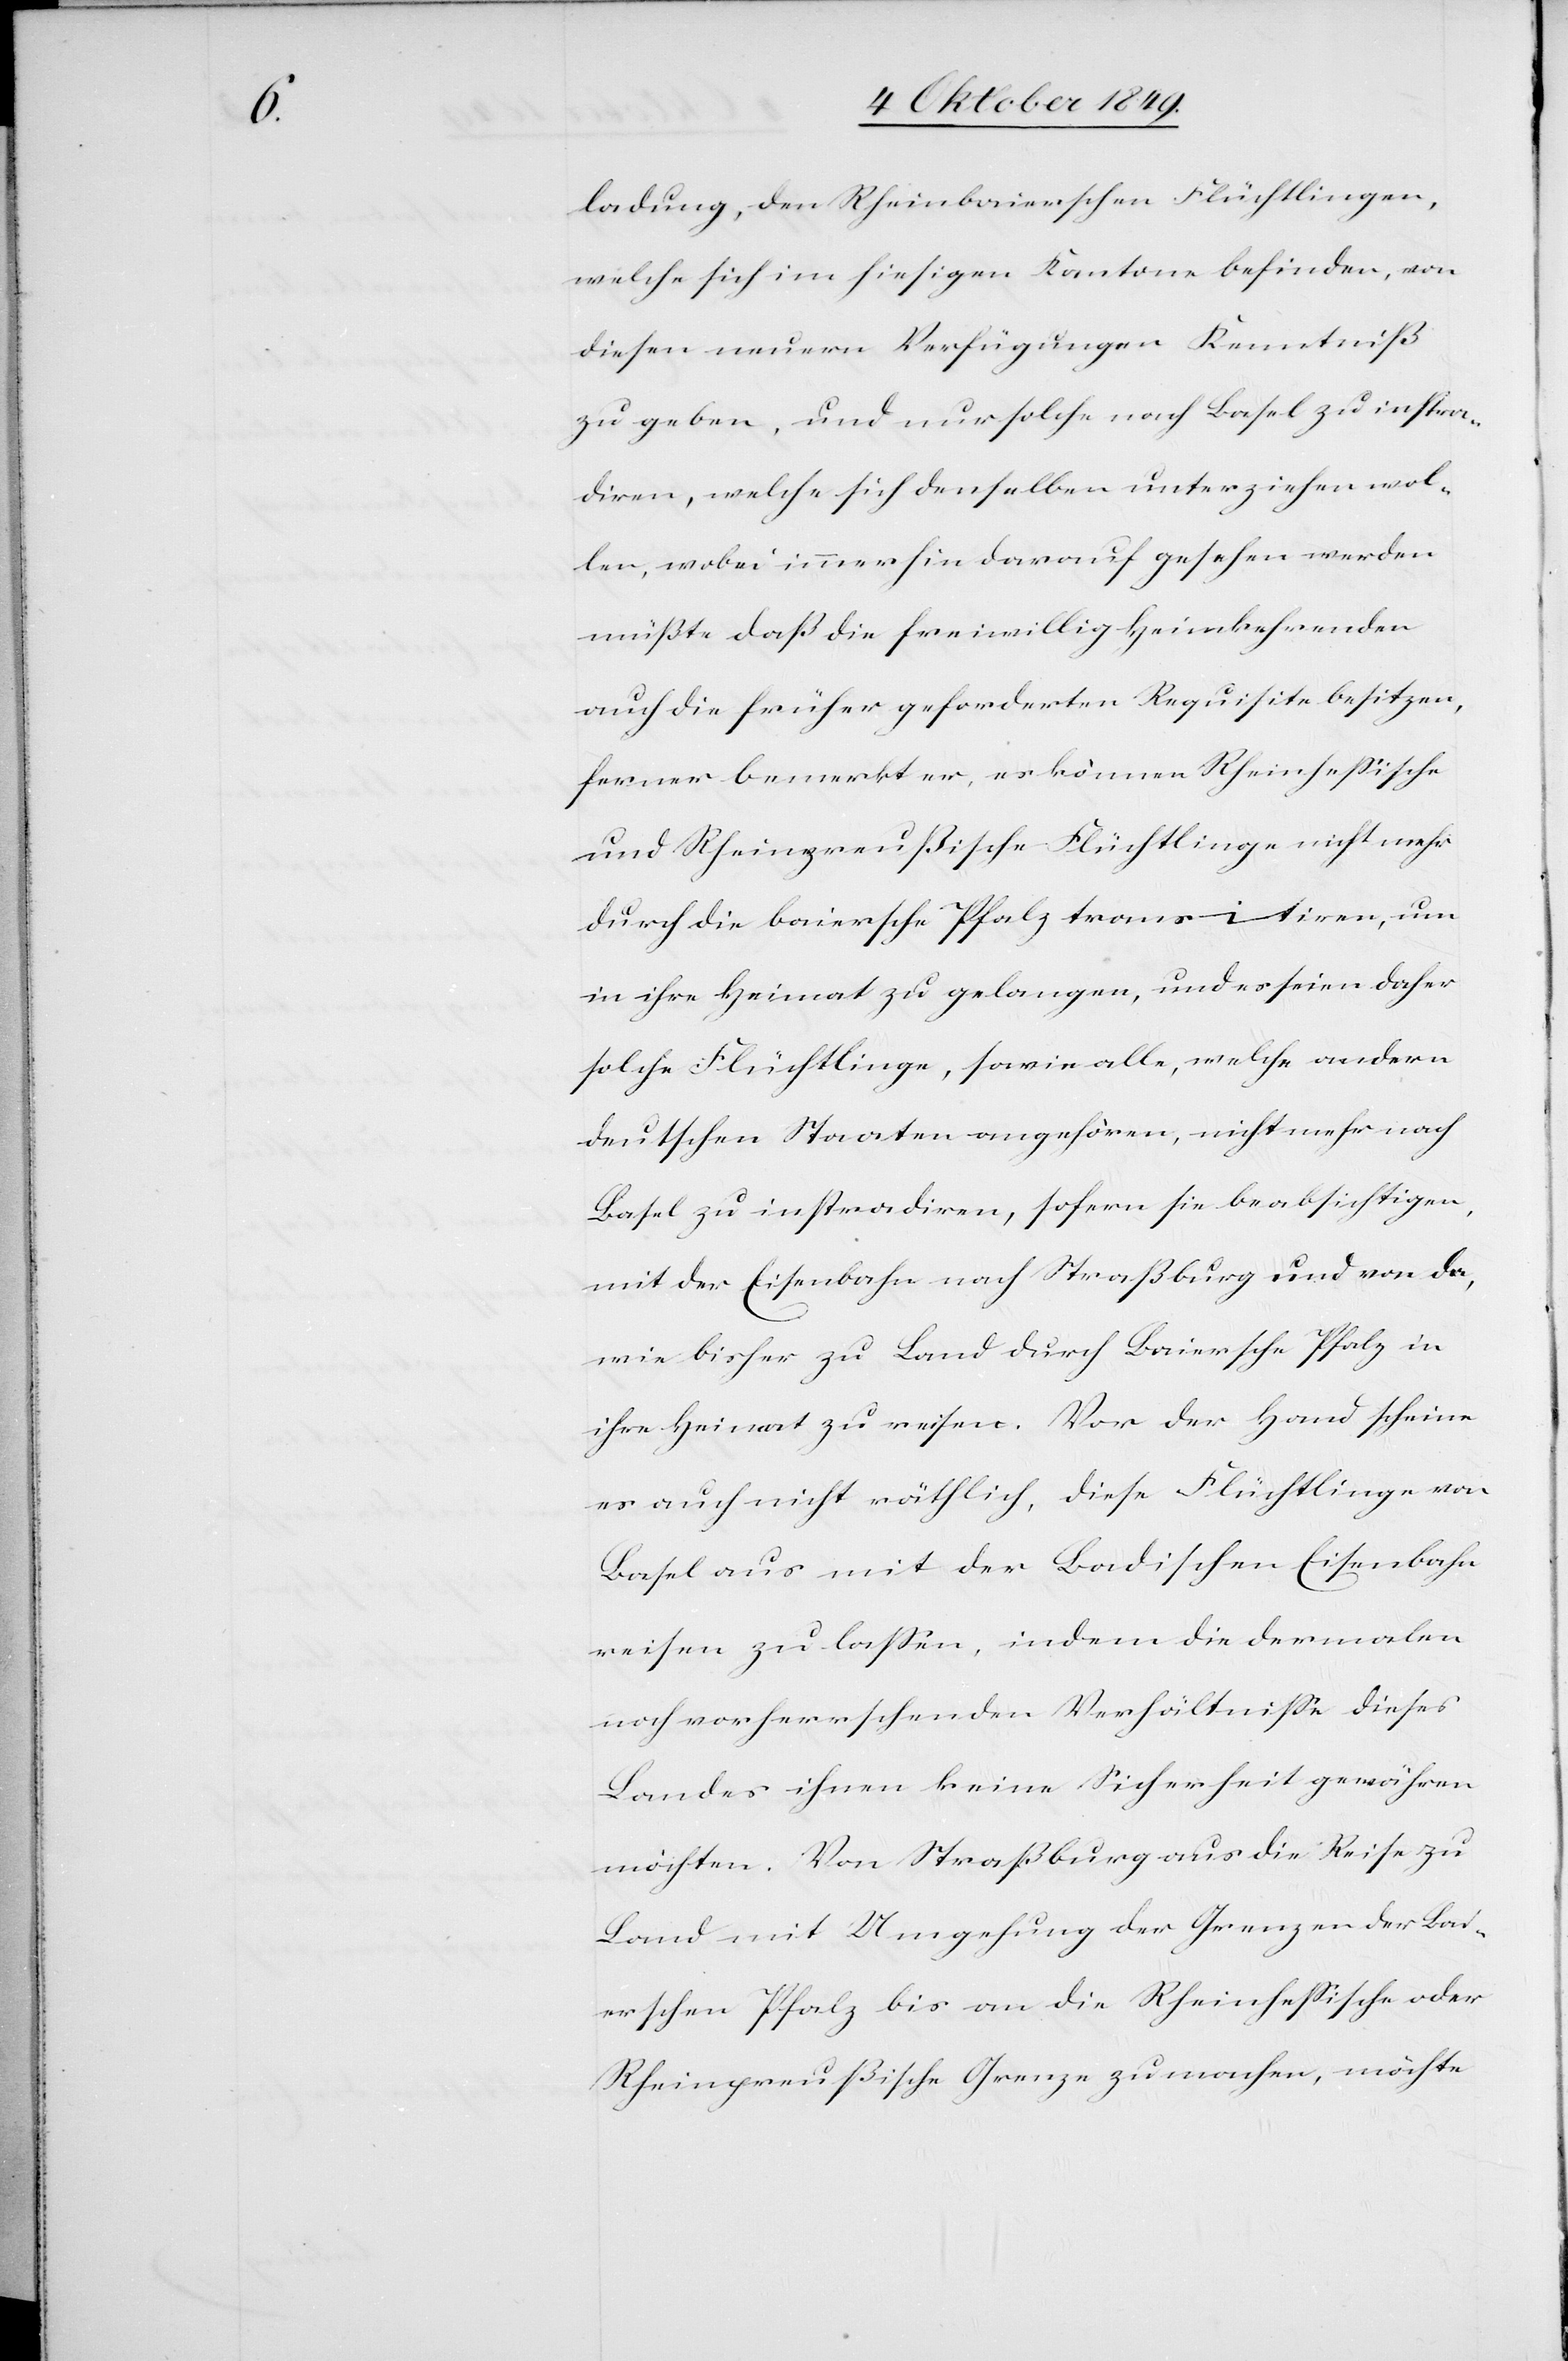
ladung, den Rheinbaierschen Flüchtlingen,
welche sich im hiesigen Kantone befinden, von
diesen neuern Verfügungen Kenntniß
zu geben, und nur solche nach Basel zu instra¬
diren, welche sich denselben unterziehen wol¬
len, wobei immerhin darauf gesehen werden
müßte daß die freiwillig Heimkehrenden
auch die früher geforderte Requisite besitzen,
ferner bemerkt er, es können Rheinheßische
und Rheinpreußische Flüchtlinge nicht mehr
durch die baiersche Pfalz transitiren, um
in ihre Heimat zu gelangen, und es seien daher
solche Flüchtlinge, sowie alle, welche andern
deutschen Staaten angehören, nicht mehr nach
Basel zu instradiren, sofern sie beabsichtigen,
mit der Eisenbahn nach Straßburg und von da,
wie bisher zu Land durch Baiersche Pfalz in
ihre Heimat zu reisen. Vor der Hand scheine
es auch nicht räthlich, diese Flüchtlinge von
Basel aus mit der Badischen Eisenbahn
reisen zu lassen, indem die dermalen
noch vorherrschenden Verhältnisse dieses
Landes ihnen keine Sicherheit gewähren
möchten. Von Straßburg aus die Reise zu
Land mit Umgehung der Grenzen der Bai¬
erschen Pfalz bis an die Rheinhessische oder
Rheinpreußische Grenze zu machen, möchte